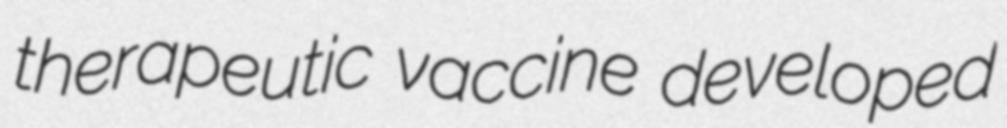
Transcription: therapeutic vaccine developed